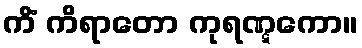
ကိံ ကိရာတော ကုရဏ္ဋကော။